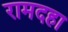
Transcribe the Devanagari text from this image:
रामदहा